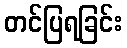
တင်ပြရခြင်း